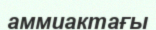
аммиактағы